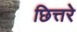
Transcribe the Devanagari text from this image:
छित्तरे